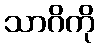
သာဂိကို